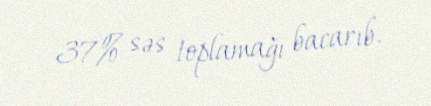
37% səs toplamağı bacarıb.